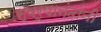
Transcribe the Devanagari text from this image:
स्वरूपानंदांनी